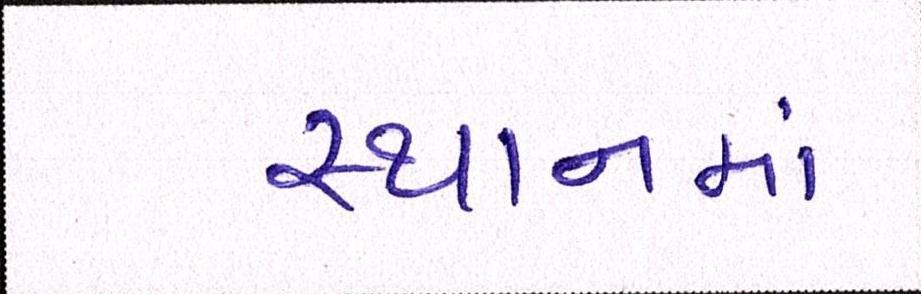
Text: સ્થાનમાં